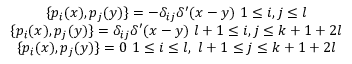
\begin{array} { c } { { \{ p _ { i } ( x ) , p _ { j } ( y ) \} = - \delta _ { i j } \delta ^ { \prime } ( x - y ) \ 1 \leq i , j \leq l } } \\ { { \{ p _ { i } ( x ) , p _ { j } ( y ) \} = \delta _ { i j } \delta ^ { \prime } ( x - y ) \ l + 1 \leq i , j \leq k + 1 + 2 l } } \\ { { \{ p _ { i } ( x ) , p _ { j } ( y ) \} = 0 \ 1 \leq i \leq l , \ l + 1 \leq j \leq k + 1 + 2 l } } \end{array}